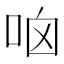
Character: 𠱖